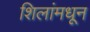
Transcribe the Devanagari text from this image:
शिलांमधून